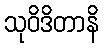
သုဝိဒိတာနိ